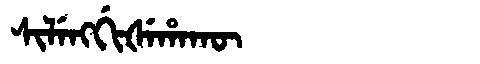
Manchu: ᠰᡳᠯᡝᠩᡤᡳᡧᡝᡥᠠᡴᡡ
Romanization: SILENGGIŠEHAKŪ